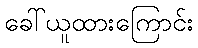
ခေါ်ယူထားကြောင်း